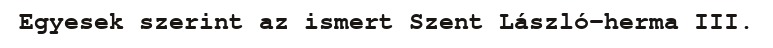
Egyesek szerint az ismert Szent László-herma III.